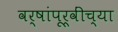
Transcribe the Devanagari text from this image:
वर्षांपूर्वींच्या